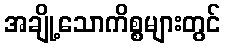
အချို့သောကိစ္စများတွင်